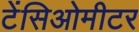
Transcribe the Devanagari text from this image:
टेंसिओमीटर